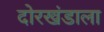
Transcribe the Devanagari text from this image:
दोरखंडाला